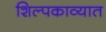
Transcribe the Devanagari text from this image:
शिल्पकाव्यात